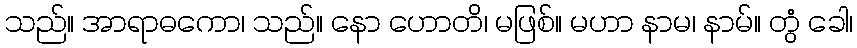
သည်။ အာရာဓကော၊ သည်။ နော ဟောတိ၊ မဖြစ်။ မဟာ နာမ၊ နာမ်။ တွံ ခေါ၊